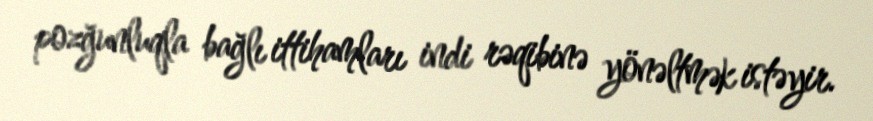
pozğunluqla bağlı ittihamları indi rəqibinə yönəltmək istəyir.